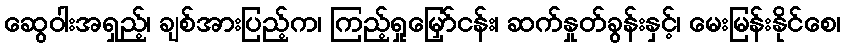
ဆွေဝါးအရှည့်၊ ချစ်အားပြည့်က၊ ကြည့်ရှုမြှော်ငန်း၊ ဆက်နှုတ်ခွန်းနှင့်၊ မေးမြန်းနိုင်စေ၊